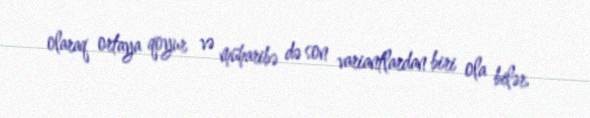
olaraq ortaya qoyur və müharibə də son variantlardan biri ola bilər.